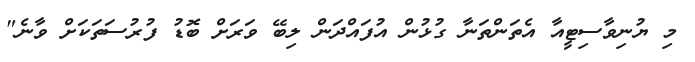
މި ޔުނިވާސިޓީއާ އެތަންތަނާ ގުޅުން އުފައްދަން ލިބޭ ވަރަށް ބޮޑު ފުރުސަތަކަށް ވާނެ"